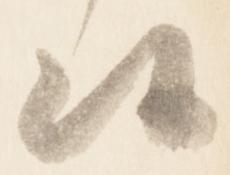
候